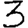
Digit: 3